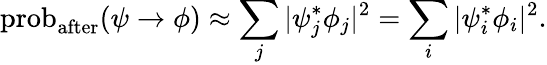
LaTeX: \operatorname{prob}_{\mathrm{after}}(\psi\to\phi)\approx\sum_{j}|\psi_{j}^{*}\phi_{j}|^{2}=\sum_{i}|\psi_{i}^{*}\phi_{i}|^{2}.